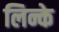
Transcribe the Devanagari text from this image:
लिन्के